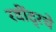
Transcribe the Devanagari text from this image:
रवींद्रचे